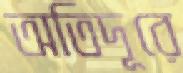
অতিদূরে